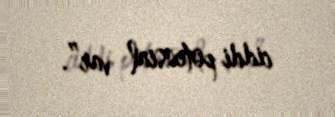
ciddi potensial var”.